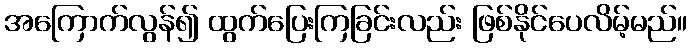
အကြောက်လွန်၍ ထွက်ပြေးကြခြင်းလည်း ဖြစ်နိုင်ပေလိမ့်မည်။